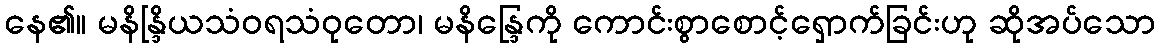
နေ၏။ မနိန္ဒြိယသံဝရသံဝုတော၊ မနိန္ဒြေကို ကောင်းစွာစောင့်ရှောက်ခြင်းဟု ဆိုအပ်သော